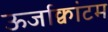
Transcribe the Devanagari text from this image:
ऊर्जाक्वांटम